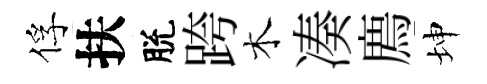
俘扶脫跨木凑廌坤